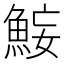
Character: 𫙜